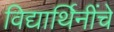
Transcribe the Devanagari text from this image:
विद्यार्थिनींचे